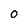
Character: 0